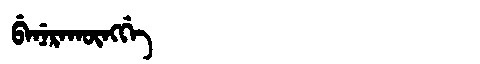
Manchu: ᠪᡝᠨᡝᡵᠠᡴᡡᠩᡤᡝ
Romanization: BENERAKŪNGGE